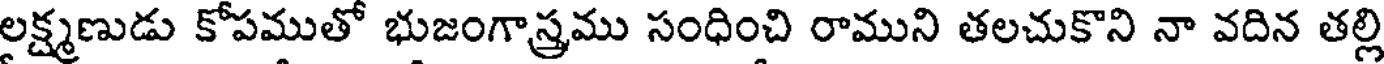
లక్ష్మణుడు కోపముతో భుజంగాస్త్రము సంధించి రాముని తలచుకొని నా వదిన తల్లి